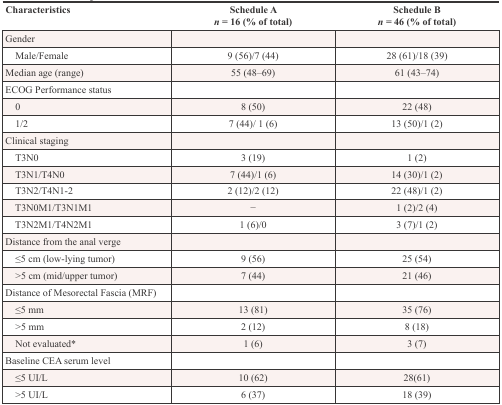
<table><thead><tr><td><b>Characteristics</b></td><td><b>Schedule A<i>n</i> = 16 (% of total)</b></td><td><b>Schedule B<i>n</i> = 46 (% of total)</b></td></tr></thead><tbody><tr><td>Gender</td><td></td><td></td></tr><tr><td> Male/Female</td><td>9 (56)/7 (44)</td><td>28 (61)/18 (39)</td></tr><tr><td>Median age (range)</td><td>55 (48–69)</td><td>61 (43–74)</td></tr><tr><td>ECOG Performance status</td><td></td><td></td></tr><tr><td> 0</td><td>8 (50)</td><td>22 (48)</td></tr><tr><td> 1/2</td><td>7 (44)/ 1 (6)</td><td>13 (50)/1 (2)</td></tr><tr><td>Clinical staging</td><td></td><td></td></tr><tr><td> T3N0</td><td>3 (19)</td><td>1 (2)</td></tr><tr><td> T3N1/T4N0</td><td>7 (44)/1 (6)</td><td>14 (30)/1 (2)</td></tr><tr><td> T3N2/T4N1-2</td><td>2 (12)/2 (12)</td><td>22 (48)/1 (2)</td></tr><tr><td> T3N0M1/T3N1M1</td><td>–</td><td>1 (2)/2 (4)</td></tr><tr><td> T3N2M1/T4N2M1</td><td>1 (6)/0</td><td>3 (7)/1 (2)</td></tr><tr><td>Distance from the anal verge</td><td></td><td></td></tr><tr><td> ≤5 cm (low-lying tumor)</td><td>9 (56)</td><td>25 (54)</td></tr><tr><td> &gt;5 cm (mid/upper tumor)</td><td>7 (44)</td><td>21 (46)</td></tr><tr><td>Distance of Mesorectal Fascia (MRF)</td><td></td><td></td></tr><tr><td> ≤5 mm</td><td>13 (81)</td><td>35 (76)</td></tr><tr><td> &gt;5 mm</td><td>2 (12)</td><td>8 (18)</td></tr><tr><td> Not evaluated*</td><td>1 (6)</td><td>3 (7)</td></tr><tr><td>Baseline CEA serum level</td><td></td><td></td></tr><tr><td> ≤5 UI/L</td><td>10 (62)</td><td>28(61)</td></tr><tr><td> &gt;5 UI/L</td><td>6 (37)</td><td>18 (39)</td></tr></tbody></table>